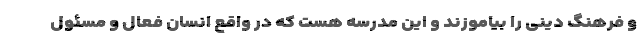
و فرهنگ دینی را بیاموزند و این مدرسه هست که در واقع انسان فعال و مسئول